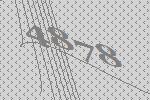
4878